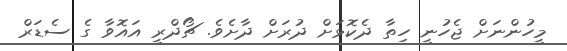
މީހުންނަށް ޖެހުނީ ހިތާ ދެކޮޅަށް ދުރަށް ދާށެވެ. ޗޯދްރީ އައޮވާ ގެ ސެޑަރް